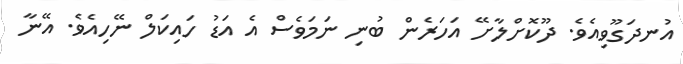
އުނދަގޫވިއެވެ. ދޫކޮށްލާށޭ އަހަރެން ބުނި ނަމަވެސް އެ އަޑު ހައިކަލް ނޭހިއެވެ. އޭނާ